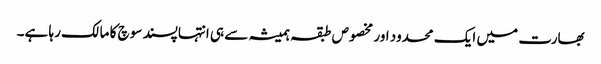
بھارت میں ایک محدود اور مخصوص طبقہ ہمیشہ سے ہی انتہاپسند سوچ کا مالک رہا ہے۔